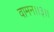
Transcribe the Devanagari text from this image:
वामन।।३।।